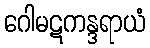
ဂေါမဋကန္ဒရာယံ